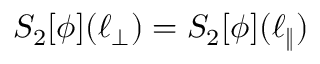
S _ { 2 } [ \phi ] ( \ell _ { \perp } ) = S _ { 2 } [ \phi ] ( \ell _ { \| } )